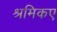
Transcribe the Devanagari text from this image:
श्रमिकए